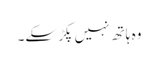
وہ ہاتھ نہیں پکڑ سکے۔